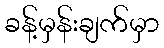
ခန့်မှန်းချက်မှာ